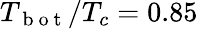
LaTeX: T_{\mathrm{~b~o~t~}}/T_{c}=0.85